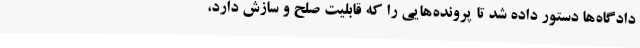
دادگاه‌ها دستور داده ‌شد تا پرونده‌هایی را که قابلیت صلح و سازش دارد،